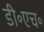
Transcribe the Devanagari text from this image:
डी॰एच॰